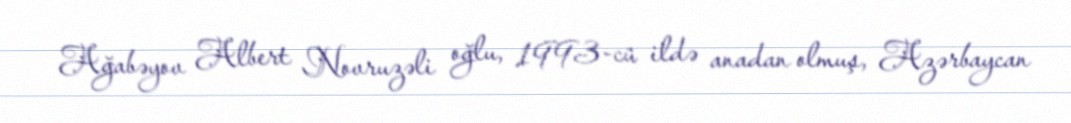
Ağabəyov Albert Novruzəli oğlu, 1993-cü ildə anadan olmuş, Azərbaycan